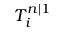
\boldsymbol { T _ { i } ^ { n | 1 } }